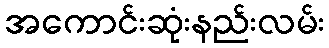
အကောင်းဆုံးနည်းလမ်း